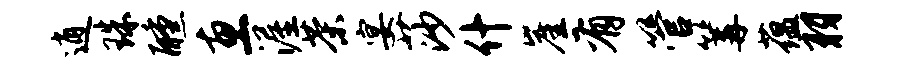
逍珠醺惠渥茶宴莎什崖有管篝蕴羽